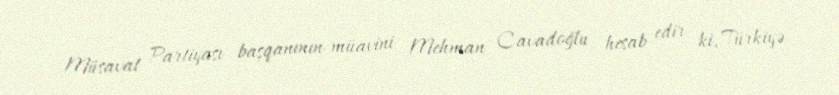
Müsavat Partiyası başqanının müavini Mehman Cavadoğlu hesab edir ki, Türkiyə